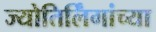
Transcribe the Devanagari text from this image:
ज्योतिर्लिंगांच्या